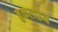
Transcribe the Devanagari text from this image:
ब्रुकलाइन